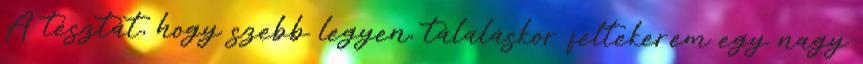
A tésztát, hogy szebb legyen, tálaláskor feltekerem egy nagy